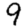
Digit: 9